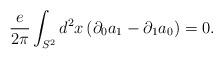
LaTeX: \begin{align*}{e\over2\pi}\int_{S^2}d^{2}x\,(\partial_{0}a_{1}-\partial_{1}a_{0})=0.\end{align*}